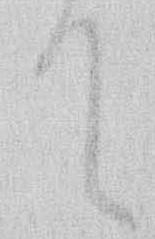
て